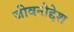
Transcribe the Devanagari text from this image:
जीवनोद्देश